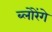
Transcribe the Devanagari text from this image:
ब्लोरेंगे